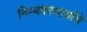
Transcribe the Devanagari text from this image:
निम्बकाचार्यांचे